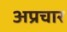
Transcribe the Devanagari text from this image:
अप्रचार